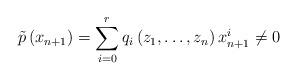
LaTeX: \begin{align*}\tilde{p}\left(x_{n+1}\right)=\sum_{i=0}^{r}q_{i}\left(z_{1},\ldots,z_{n}\right)x_{n+1}^{i}\neq0\end{align*}